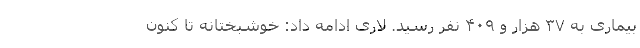
بیماری به ۳۷ هزار و ۴۰۹ نفر رسید. لاری ادامه داد: خوشبختانه تا کنون